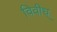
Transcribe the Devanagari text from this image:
विवीध्